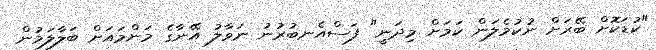
"ކުޑަކޮށް ބޭރަށް ނުކުމެލަން ކަމަށް މިދަނީ" ފަސްއެނބުރުނު ނަވާލު އޭނާގެ މަންމައަށް ބަލާލަމުން